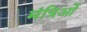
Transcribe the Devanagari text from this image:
मंत्रिओं